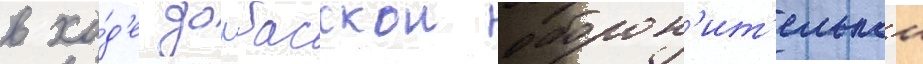
в хо́д'е донбасскои оборон'ит'ельнои